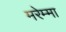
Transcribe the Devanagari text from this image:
मरेम्मा